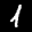
Label: 1